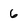
Character: 6